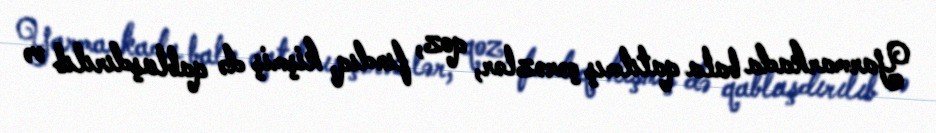
Yarmarkada bala qatılmış çərəzlər, qoz, fındıq, kişmiş də qablaşdırılıb və